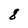
Character: 8